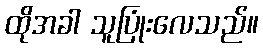
ထိုအခါ သူပြုံးလေသည်။